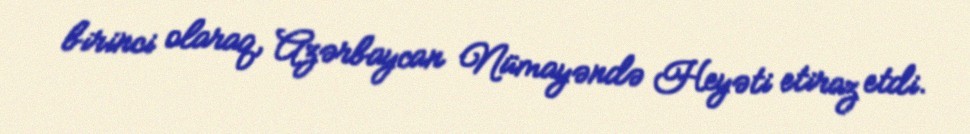
birinci olaraq, Azərbaycan Nümayəndə Heyəti etiraz etdi.